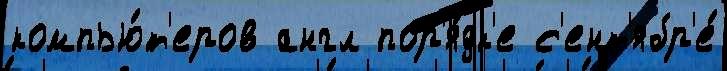
компью́т'еров англ пор'я́дк'е с'ент'ябр'е́